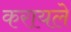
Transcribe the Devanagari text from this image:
करायले